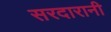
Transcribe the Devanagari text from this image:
सरदारानी